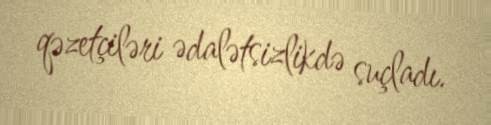
qəzetçiləri ədalətsizlikdə suçladı.